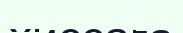
хиссаға